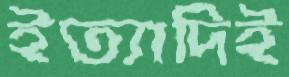
ইত্যাদিই